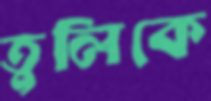
তুলিকে